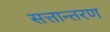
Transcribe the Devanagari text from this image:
सत्तान्तरण